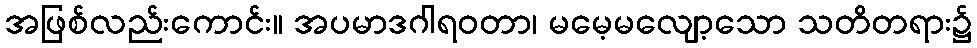
အဖြစ်လည်းကောင်း။ အပမာဒဂါရဝတာ၊ မမေ့မလျော့သော သတိတရား၌